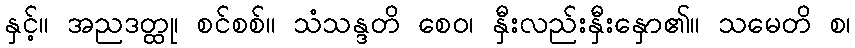
နှင့်။ အညဒတ္ထု၊ စင်စစ်။ သံသန္ဒတိ စေဝ၊ နှီးလည်းနှီးနှော၏။ သမေတိ စ၊